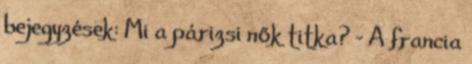
bejegyzések: Mi a párizsi nők titka? - A francia